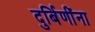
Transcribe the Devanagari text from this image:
दुर्बिणींना